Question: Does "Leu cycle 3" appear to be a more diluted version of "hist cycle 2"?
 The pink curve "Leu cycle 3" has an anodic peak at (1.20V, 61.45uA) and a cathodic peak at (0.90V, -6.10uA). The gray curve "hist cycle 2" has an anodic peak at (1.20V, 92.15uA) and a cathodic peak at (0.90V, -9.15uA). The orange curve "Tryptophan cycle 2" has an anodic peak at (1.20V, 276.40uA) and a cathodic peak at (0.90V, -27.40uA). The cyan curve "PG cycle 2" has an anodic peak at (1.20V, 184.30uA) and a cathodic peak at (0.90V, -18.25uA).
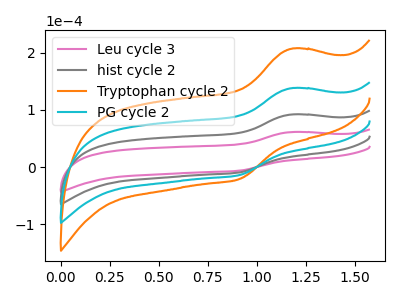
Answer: <think>All the peaks in "Leu cycle 3" have a peak in "hist cycle 2" at the same potential. Every peak in "Leu cycle 3" is lower than every peak in "hist cycle 2".
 </think>
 <answer>"Leu cycle 3" has less signal than "hist cycle 2" and so likely has a lower concentration.</answer>
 <eval>less_concentration</eval>